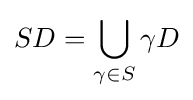
SD=\bigcup _{\gamma \in S}\gamma D